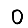
Digit: 0